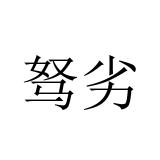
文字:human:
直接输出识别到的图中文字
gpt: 驽劣